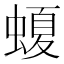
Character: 𧏡